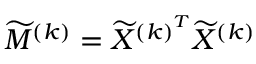
\widetilde { M } ^ { ( k ) } = \widetilde { X } ^ { { ( k ) } ^ { T } } \widetilde { X } ^ { ( k ) }